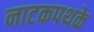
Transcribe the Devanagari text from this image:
नाटकपथके